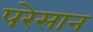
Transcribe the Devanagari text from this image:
परेसान